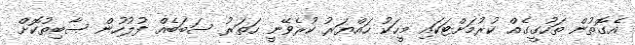
އެގޮތުން ތަހުގީގެއް ކުރުމަށްޓަކައި މީހަކު ހައްޔަރު ކުރެވޭނީ ހަތަރު ސަބަބެއް ފުލުހުން ސާބިތުކޮށް